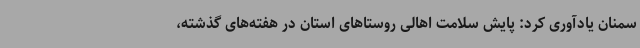
سمنان یادآوری کرد: پایش سلامت اهالی روستاهای استان در هفته‌های گذشته،